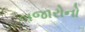
બજારોનો